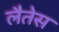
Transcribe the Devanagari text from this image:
लैतेस